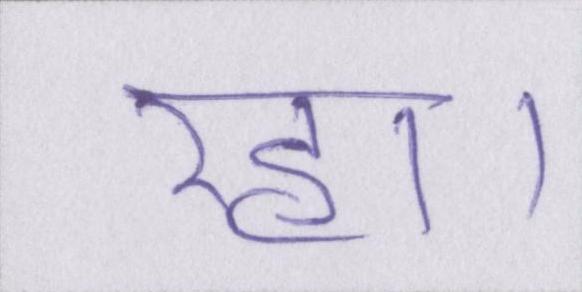
रहा।